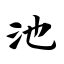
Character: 池